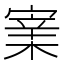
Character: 𡪔